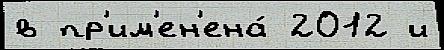
в пр'им'ен'ена́ 2012 и